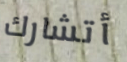
أتشارك